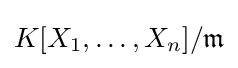
K[X_{1},\ldots ,X_{n}]/{\mathfrak {m}}